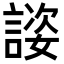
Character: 𬢴